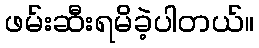
ဖမ်းဆီးရမိခဲ့ပါတယ်။